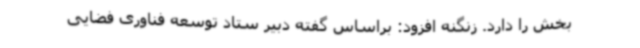
بخش را دارد. زنگنه افزود: براساس گفته دبیر ستاد توسعه فناوری فضایی